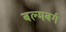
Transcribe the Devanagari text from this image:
बल्मबर्ग